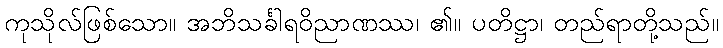
ကုသိုလ်ဖြစ်သော။ အဘိသင်္ခါရဝိညာဏဿ၊ ၏။ ပတိဋ္ဌာ၊ တည်ရာတို့သည်။